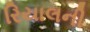
રિયાલની